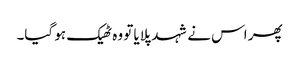
پھر اس نے شہد پلایا تو وہ ٹھیک ہو گیا۔